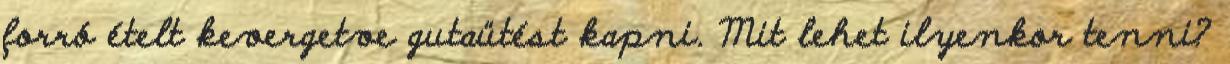
forró ételt kevergetve gutaütést kapni. Mit lehet ilyenkor tenni?